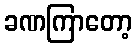
ခဏကြာတော့